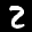
Label: 2